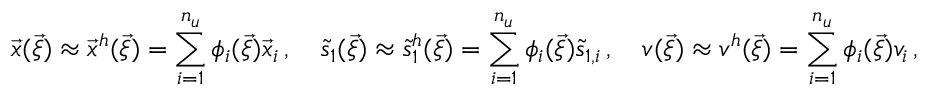
\vec { x } ( \vec { \xi } ) \approx \vec { x } ^ { h } ( \vec { \xi } ) = \sum _ { i = 1 } ^ { n _ { u } } \phi _ { i } ( \vec { \xi } ) \vec { x } _ { i } \, , \quad \tilde { s } _ { 1 } ( \vec { \xi } ) \approx \tilde { s } _ { 1 } ^ { h } ( \vec { \xi } ) = \sum _ { i = 1 } ^ { n _ { u } } \phi _ { i } ( \vec { \xi } ) \tilde { s } _ { 1 , i } \, , \quad v ( \vec { \xi } ) \approx v ^ { h } ( \vec { \xi } ) = \sum _ { i = 1 } ^ { n _ { u } } \phi _ { i } ( \vec { \xi } ) v _ { i } \, ,